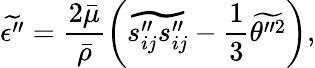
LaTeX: \widetilde{\epsilon^{\prime\prime}}=\frac{2\bar{\mu}}{\bar{\rho}}\left(\widetilde{s_{ij}^{\prime\prime}s_{ij}^{\prime\prime}}-\frac{1}{3}\widetilde{\theta^{\prime\prime 2}}\right),